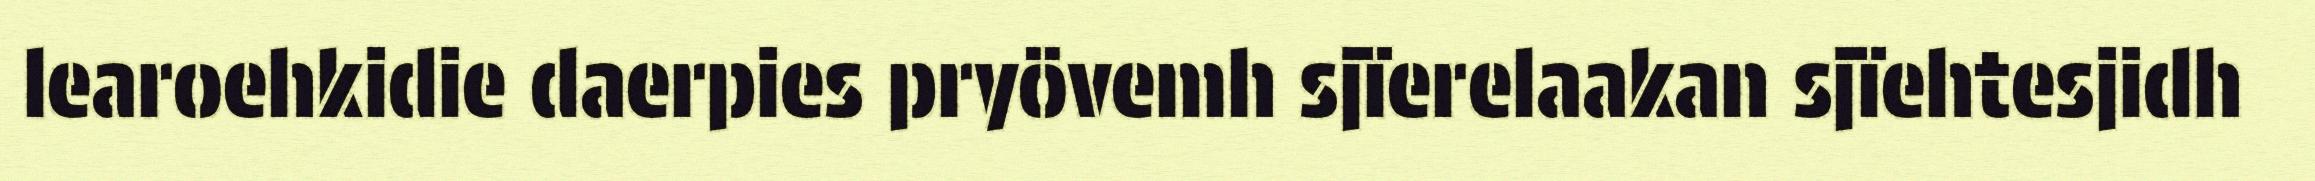
learoehkidie daerpies pryövemh sjïerelaakan sjïehtesjidh